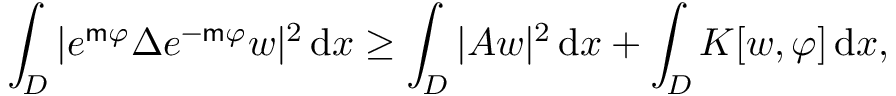
\int _ { { D } } | e ^ { \mathsf { m } \varphi } \Delta e ^ { - \mathsf { m } \varphi } w | ^ { 2 } \, \mathrm { d } x \geq \int _ { { D } } | A w | ^ { 2 } \, \mathrm { d } x + \int _ { { D } } K [ w , \varphi ] \, \mathrm { d } x ,